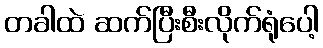
တခါထဲ ဆက်ပြီးစီးလိုက်ရုံပေါ့